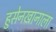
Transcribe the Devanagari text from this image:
हुसेनखानाला